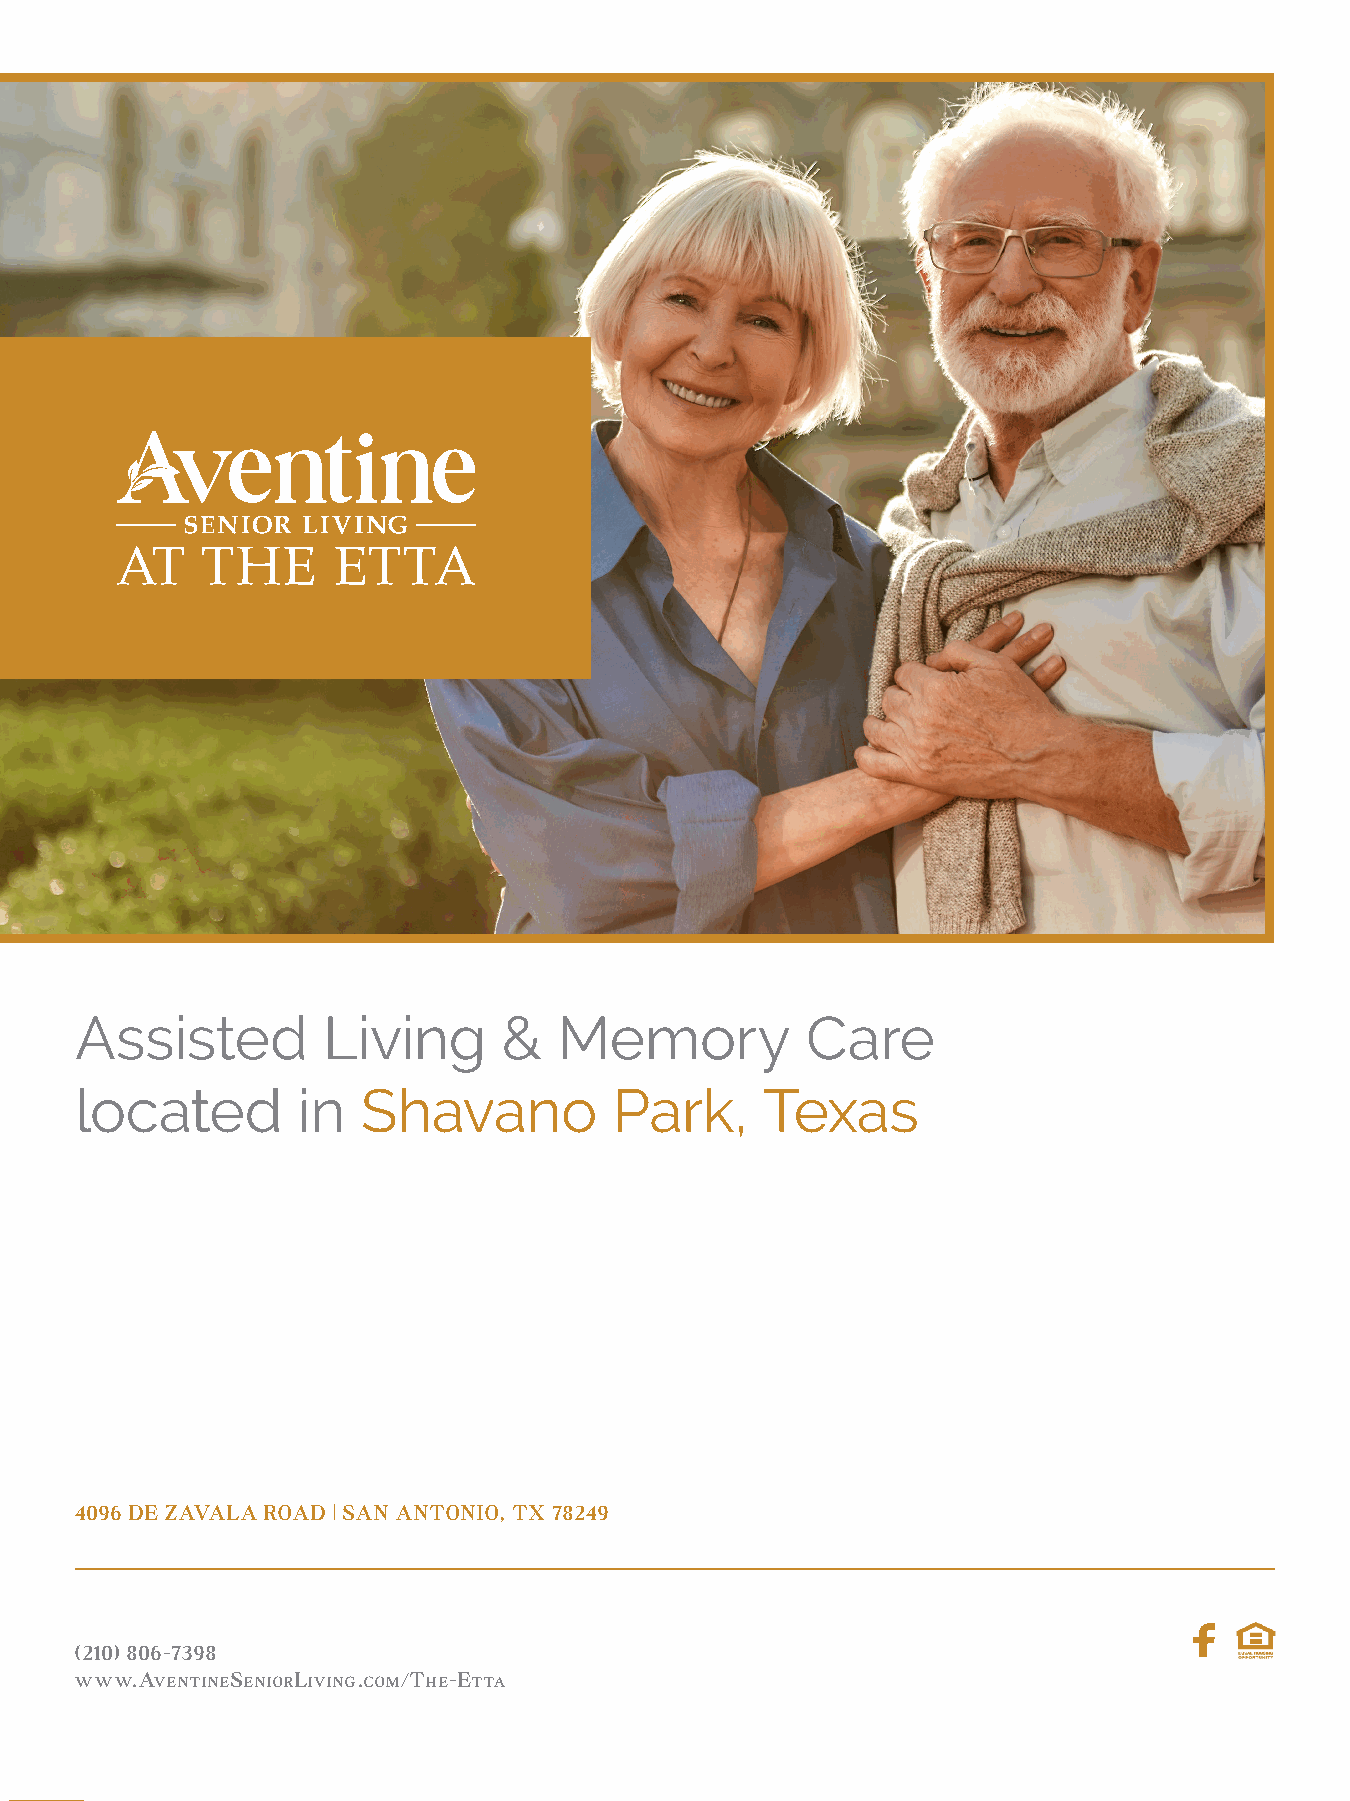
Assisted        Living      &   Memory          Care
 located        in  Shavano          Park,     Texas
 4096 DE ZAVALA ROAD | SAN ANTONIO, TX 78249
 (210) 806-7398
 www.AventineSeniorLiving.com/the-ettA